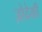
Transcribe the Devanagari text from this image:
ज़ोदेकी